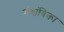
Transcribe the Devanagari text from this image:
गंगांबिका